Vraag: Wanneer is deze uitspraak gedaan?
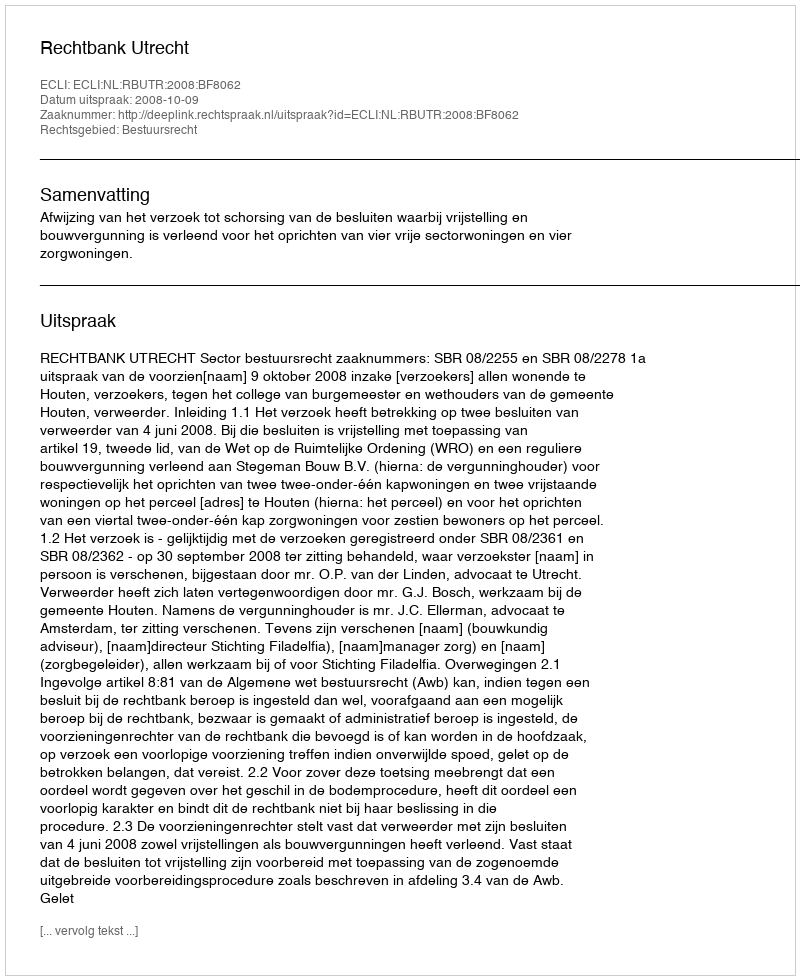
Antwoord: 2008-10-09